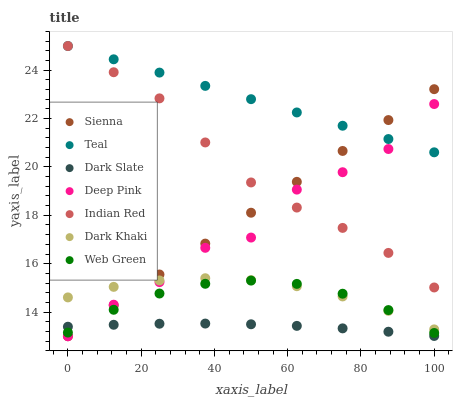
| xaxis_label | Sienna | Teal | Dark Slate | Deep Pink | Indian Red | Dark Khaki | Web Green |
 | --- | --- | --- | --- | --- | --- | --- | --- |
 | 0 | 13 | 25 | 13.4 | 13 | 25 | 14.6 | 13.2 |
 | 12.5 | 14.3 | 24.5 | 13.5 | 14.3 | 23.9 | 15 | 14.1 |
 | 25 | 15.6 | 23.9 | 13.5 | 15.2 | 22.8 | 15.3 | 14.8 |
 | 37.5 | 16.8 | 23.4 | 13.5 | 16.7 | 21 | 15.4 | 15.2 |
 | 50 | 18.1 | 22.8 | 13.5 | 17.1 | 19.4 | 15.3 | 15.3 |
 | 62.5 | 19.4 | 22.3 | 13.4 | 19.1 | 18.3 | 15.1 | 15.2 |
 | 75 | 20.7 | 21.7 | 13.3 | 19.8 | 17.5 | 14.6 | 14.8 |
 | 87.5 | 21.9 | 21.2 | 13.2 | 20.7 | 16.4 | 14.1 | 14.1 |
 | 100 | 23.2 | 20.6 | 13 | 22.6 | 15 | 13.3 | 13.1 |